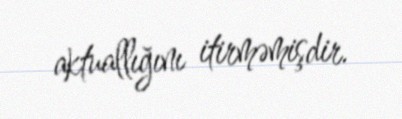
aktuallığını itirməmişdir.